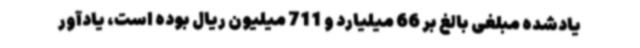
یادشده مبلغی بالغ بر 66 میلیارد و 711 میلیون ریال بوده است، یادآور